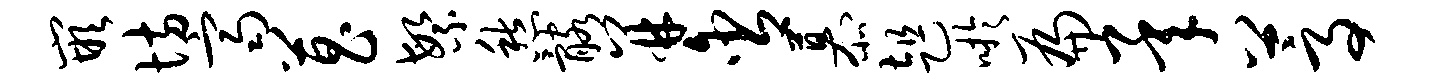
嵌坊齐菖繁愁髂并含慕趄吁扁承蒿